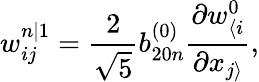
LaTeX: w_{ij}^{n|1}=\frac{2}{\sqrt{5}}b_{20n}^{(0)}\frac{\partial w_{\langle i}^{0}}{\partial x_{j\rangle}},